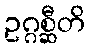
ဥဂ္ဂစ္ဆီတိ